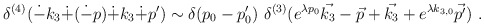
\begin{align*}\delta^{(4)}(\dot{-}k_3\dot{+}(\dot{-}p)\dot{+}k_3\dot{+}p')\sim \delta(p_0-p'_0)\,\,\delta^{(3)}(e^{\lambda p_0}\vec{k_3}-\vec{p}+\vec{k_3}+ e^{\lambda k_{3,0}}\vec{p'}) ~. \end{align*}